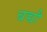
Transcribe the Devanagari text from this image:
बच्चौ